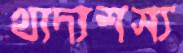
খাদ্যশস্য